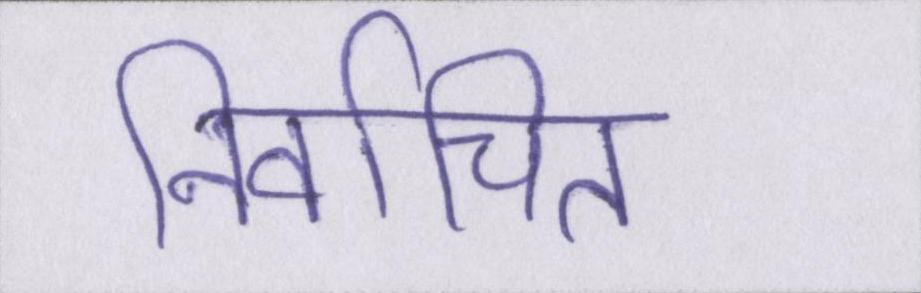
निर्वाचित